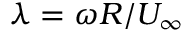
\lambda = \omega R / U _ { \infty }